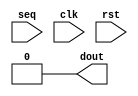
`timescale 1ns / 1ps
//////////////////////////////////////////////////////////////////////////////////
// Company: 
// Engineer: 
// 
// Design Name: 
// Module Name:    SEQUENCE_DETECTOR2 
// Project Name: 
// Target Devices: 
// Tool versions: 
// Description: 
//
// Dependencies: 
//
// Revision: 
// Revision 0.01 - File Created
// Additional Comments: 
//
//////////////////////////////////////////////////////////////////////////////////

//20L118 HARIHARAN R R
module SEQUENCE_DETECTOR2(seq,clk,rst,dout);
input clk,rst,seq;
output reg dout;
parameter A=2'b00;
parameter B=2'b01;
parameter C=2'b10;
parameter D=2'b10;
parameter E=2'b10;
parameter F=2'b10;
parameter G=2'b10;
reg[2:0]current,next;
always @(posedge clk,posedge rst)
begin
if(rst)
current=1'b0;
else
current=next;
end
always @(current,seq)
begin
case(current)
A:begin
if(seq)
next=B;
else
next=A;
end
B:begin
if(seq)
next=C;
else
next=A;
end
C:begin
if(seq)
next=C;
else
next=D;
end
D:begin
if(seq)
next=E;
else
next=A;
end
E:begin
if(seq)
next=F;
else
next=D;
end
F:begin
if(seq)
next=C;
else
next=G;
end
G:begin
if(seq)
next=E;
else
next=A;
dout=1'b1;
end
default:next=A;
endcase
end
always @(current)
begin 
 case(current) 
 A:   dout = 1'b0;
 B:   dout = 1'b0;
 C:  dout = 1'b0;
 D:  dout = 1'b0;
 E:  dout = 1'b0;
 F:  dout = 1'b0;
 G:  dout = 1'b1;
 default:  dout = 1'b0;
 endcase
end 
endmodule